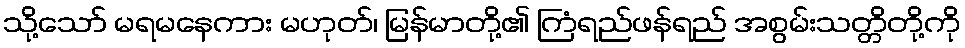
သို့သော် မရမနေကား မဟုတ်၊ မြန်မာတို့၏ ကြံရည်ဖန်ရည် အစွမ်းသတ္တိတို့ကို